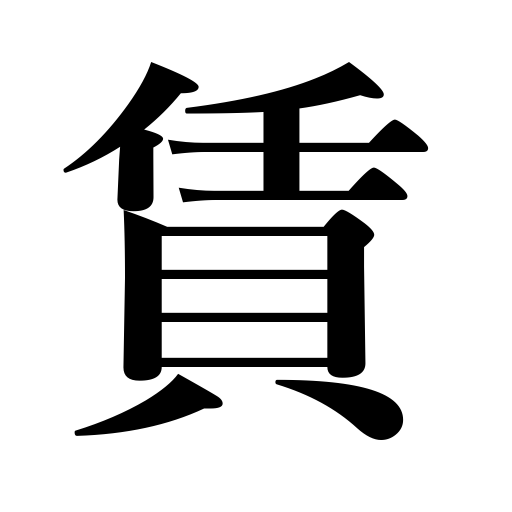
Meanings: fee,fare,wages,charge,freight,hire,rent